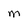
Character: M